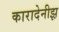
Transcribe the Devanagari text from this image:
कारादेनीझ़